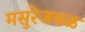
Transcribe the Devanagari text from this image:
मसुरेजवळ